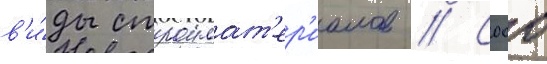
в'и́ды строимат'ер'иалов // Сооо